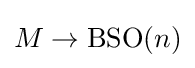
M\rightarrow \operatorname {BSO} (n)